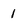
Character: 1